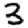
Digit: 3